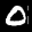
Label: 0